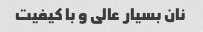
نان بسیار عالی و با کیفیت